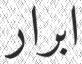
ابرار